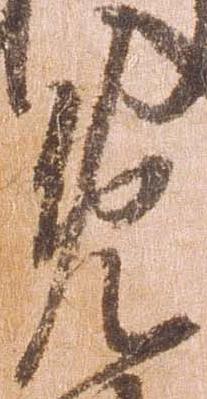
免